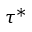
\tau ^ { * }